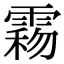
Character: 𩃻